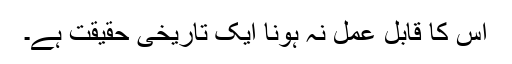
اس کا قابل عمل نہ ہونا ایک تاریخی حقیقت ہے۔